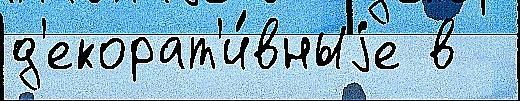
д'екорат'и́вныjе в